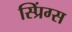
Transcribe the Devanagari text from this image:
स्प्रिंग्‍स